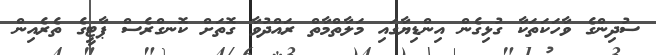
ސުދިންގެ ވާހަކަތަކާ ގުޅިގެން އިންޑިޔާގައި މަލާތްމާތް ރައްދުވާ ގޮތަށް ކޮނގްރެސް ޕާޓީގެ ތެރެއިން